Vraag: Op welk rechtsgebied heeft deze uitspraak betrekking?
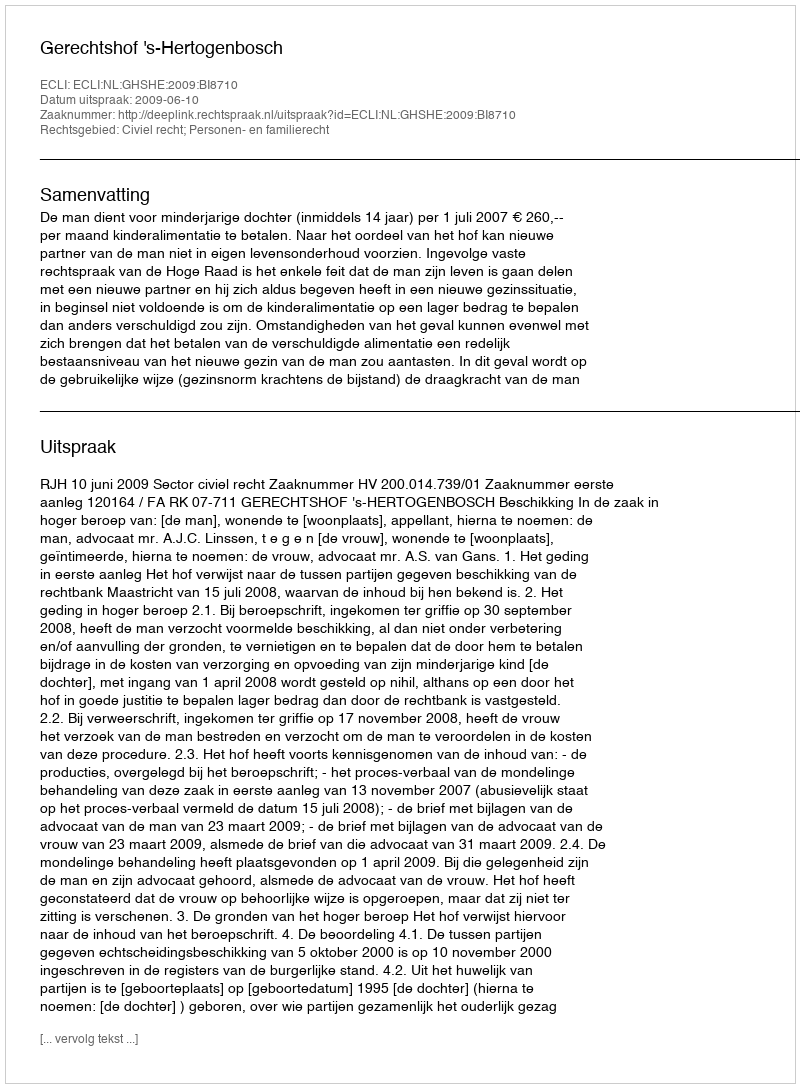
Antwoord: Civiel recht; Personen- en familierecht